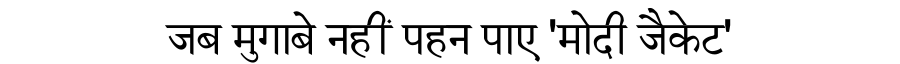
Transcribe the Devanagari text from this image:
जब मुगाबे नहीं पहन पाए 'मोदी जैकेट'